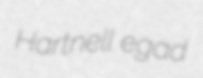
Hartnell egad